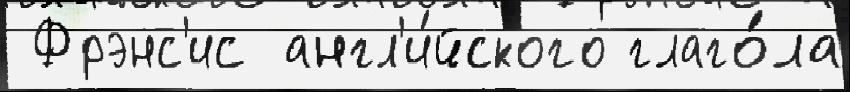
 Фрэнс'ис англ'и́йского глаго́ла